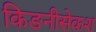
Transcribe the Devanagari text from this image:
किङनीसेकश